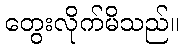
တွေးလိုက်မိသည်။